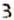
3